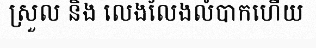
ស្រួល និង លេងលែងលំបាកហើយ